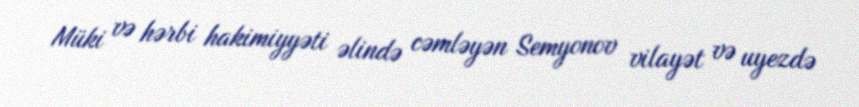
Müki və hərbi hakimiyyəti əlində cəmləyən Semyonov vilayət və uyezdə